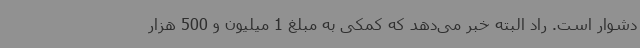
دشوار است. راد البته خبر می‌دهد که کمکی به مبلغ 1 میلیون و 500 هزار